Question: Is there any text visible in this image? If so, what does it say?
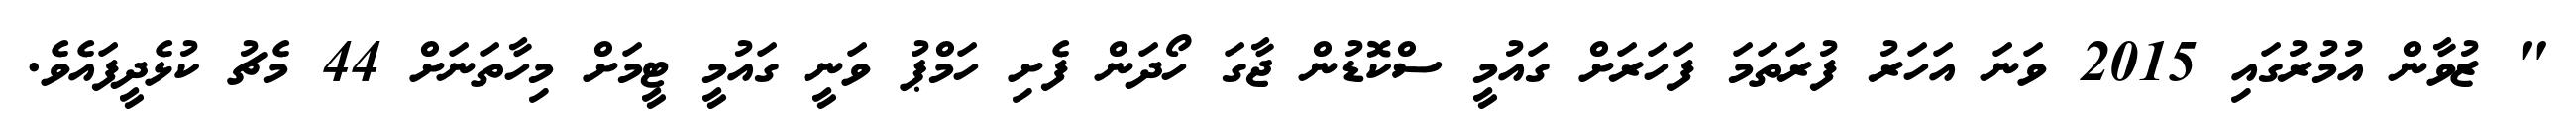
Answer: " ޒުވާން އުމުރުގައި 2015 ވަނަ އަހަރު ފުރަތަމަ ފަހަރަށް ގައުމީ ސްކޮޑުން ޖާގަ ހޯދަން ފެށި ހަމްޕު ވަނީ ގައުމީ ޓީމަށް މިހާތަނަށް 44 މެޗު ކުޅެދީފައެވެ.